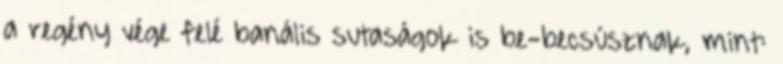
a regény vége felé banális sutaságok is be-becsúsznak, mint: